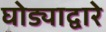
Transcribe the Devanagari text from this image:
घोड्याद्वारे